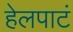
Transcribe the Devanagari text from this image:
हेलपाटं